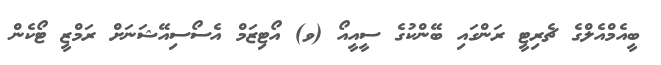
ބީއެމްއެލްގެ ޗެރިޓީ ރަންގައި ބޭންކުގެ ސީއީއޯ (ވ) އޯޓިޒަމް އެސޯސިއޭޝަނަށް ރަމްޒީ ޓޯކެން